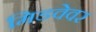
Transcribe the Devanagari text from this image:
मिडवेवर